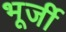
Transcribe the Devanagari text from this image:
भूर्जी